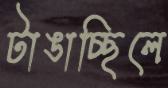
টাঙাচ্ছিলে